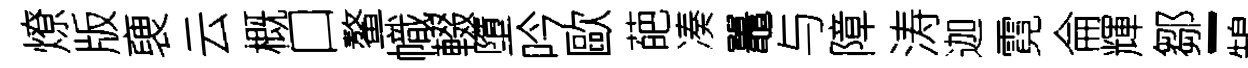
燎版褏云概口鳌幟輟墮吟歐葩凑鼉与障涛迦霓侖輝鄒-鵠